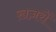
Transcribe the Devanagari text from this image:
ख़ज़रों